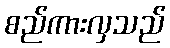
စည်ကားလှသည်